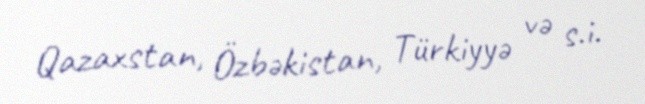
Qazaxstan, Özbəkistan, Türkiyyə və s.i.